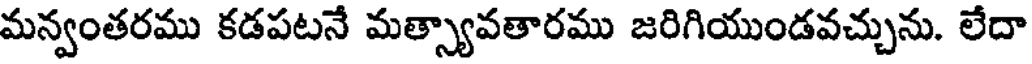
మన్వంతరము కడపటనే మత్స్యావతారము జరిగియుండవచ్చును. లేదా